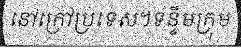
នៅក្រៅប្រទេស។ទន្ទឹមក្រុម